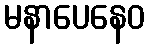
မနာပေနေဝ